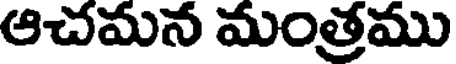
ఆచమన మంత్రము